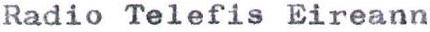
Radio Telefis Eireann